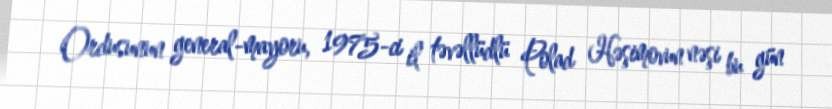
Ordusunun general-mayoru, 1975-ci il təvəllüdlü Polad Həşimovun nəşi bu gün